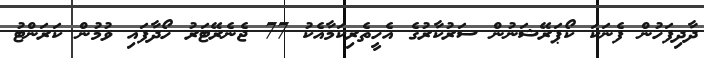
ދާދިފަހުން ފެނަކަ ކޯޕަރޭޝަނުން ސަރުކާރުގެ އެހީތެރިކަމާއެކު 77 ޖެނެރޭޓަރު ހޯދާފައި ވުމުން ކަރަންޓު